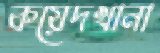
কয়েদখানা